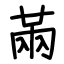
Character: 㒼